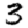
Digit: 3